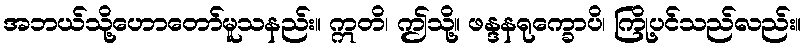
အဘယ်သို့ဟောတော်မူသနည်း။ ဣတိ၊ ဤသို့။ ဖန္ဒနရုက္ခောပိ၊ ကြို့ပင်သည်လည်း။